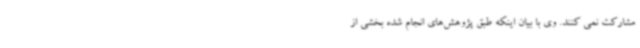
مشارکت نمی کنند. وی با بیان اینکه طبق پژوهش‌های انجام شده بخشی از